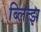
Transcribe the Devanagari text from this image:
ब्लित्झ